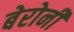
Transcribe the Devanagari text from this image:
बेरोनी